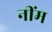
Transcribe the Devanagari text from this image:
नींम